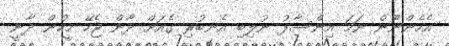
އެހެންނޫން ނަމަ އިންސާފު ނުލިބި އެނބުރި ގެއަށް ދާން ޖެހޭ މީހުން ދާނީ